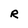
Character: R